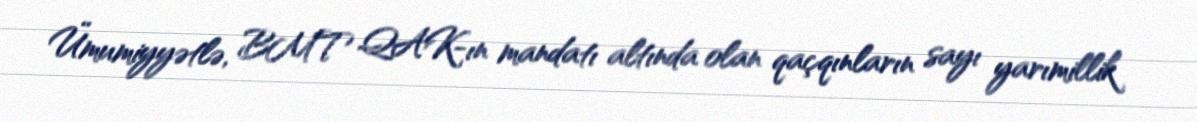
Ümumiyyətlə, BMT QAK-ın mandatı altında olan qaçqınların sayı yarımillik